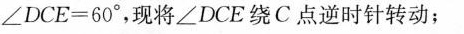
$$∠ D C E = 6 0 °$$，现将∠DCE绕C点逆时针转动；